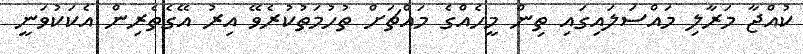
ކުއްޖާ މަރާލި މައްސަލައިގައި ތިން މީހެއްގެ މައްޗަށް ތުހުމަތުކުރެވޭ އިރު އޭގެތެރިން އެކަކުވަނީ